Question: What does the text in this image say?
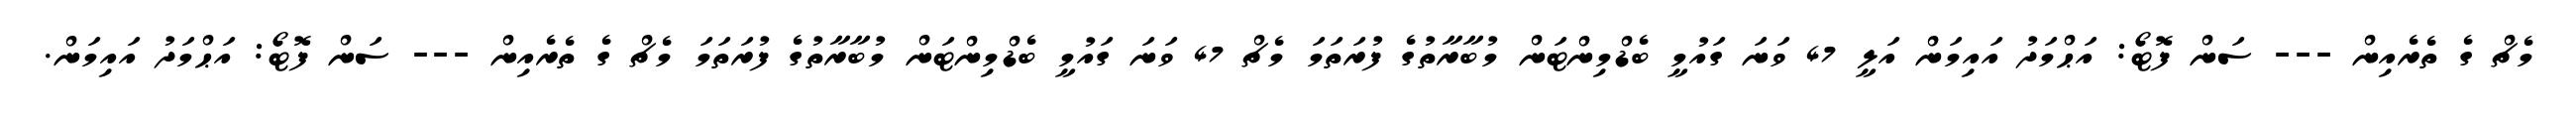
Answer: މެޗް ގެ ތެރެއިން --- ސަން ފޮޓޯ: އަޙްމަދު އައިމަން އަލީ 47 ވަނަ ގައުމީ ބެޑްމިންޓަން މުބާރާތުގެ ފުރަތަމަ މެޗް 47 ވަނަ ގައުމީ ބެޑްމިންޓަން މުބާރާތުގެ ފުރަތަމަ މެޗް ގެ ތެރެއިން --- ސަން ފޮޓޯ: އަޙްމަދު އައިމަން.